Vaccination in Bombay 1902-1912 - 1902-1912
Year: 1902
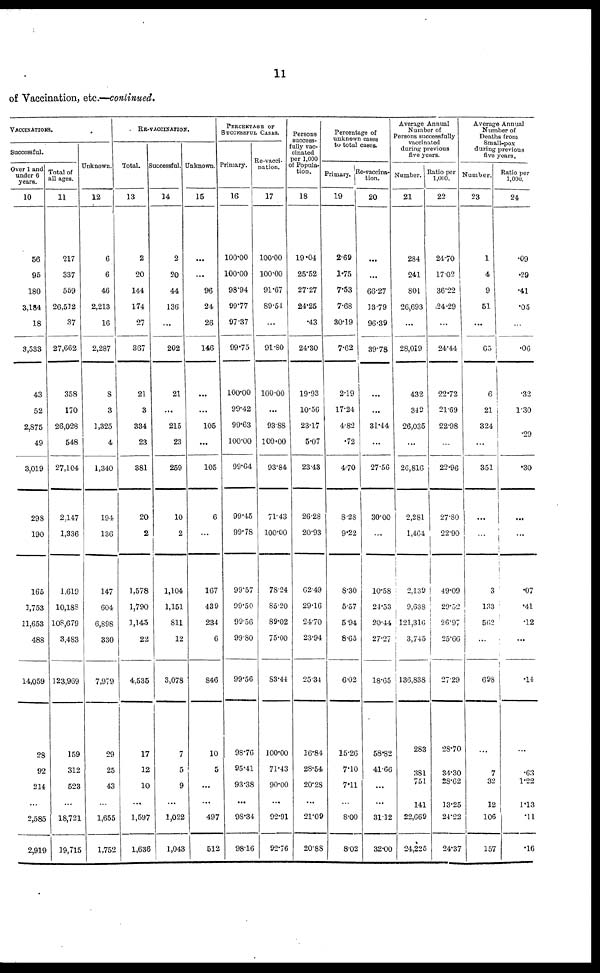
11
of Vaccination, etc.—continued.
VACCINATIONS.
Successful.
Over 1 and
under 6
years.
10
56
95
180
3,184
18
3,533
43
52
2,875
49
3,019
298
190
165
1,753
11,653
488
14,059
28
92
214
...
2,585
2,919
Total of
all ages.
11
217
337
559
26,512
37
27,662
358
170
26,028
548
27,104
2,147
1,336
1,619
10,188
108,679
3,483
123,969
159
312
523
...
18,721
19,715
Unknown.
12
6
6
46
2,213
16
2,287
8
3
1,325
4
1,340
194
136
147
604
6,898
330
7,979
29
25
43
...
1,655
1,752
RE-VACCINATION.
Total.
13
2
20
144
174
27
367
21
3
334
23
381
20
2
1,578
1,790
1,145
22
4,535
17
12
10
...
1,597
1,636
Successful.
14
2
20
44
136
...
202
21
...
215
23
259
10
2
1,104
1,151
811
12
3,078
7
5
9
...
1,022
1,043
Unknown.
15
...
...
96
24
26
146
...
...
105
...
105
6
...
167
439
234
6
846
10
5
...
...
497
512
PERCENTAGE OF
SUCCESSFUL CASES.
Primary.
16
100.00
100.00
98.94
99.77
97.37
99.75
100.00
99.42
99.63
100.00
99.64
99.45
99.78
99.57
99.50
99.56
99.80
99.56
98.76
95.41
93.38
...
98.34
98.16
Re-vacci-
nation.
17
100.00
100.00
91.67
89.54
...
91.80
100.00
...
93.88
100.00
93.84
71.43
100.00
78.24
85.20
89.02
75.00
83.44
100.00
71.43
90.00
...
92.91
92.76
Persons
success-
fully vac-
cinated
per 1,000
of Popula-
tion.
18
19.04
25.52
27.27
24.25
.43
24.30
19.93
10.56
23.17
5.07
23.43
26.28
20.93
62.49
29.16
24.70
23.94
25.34
16.84
28.54
20.28
...
21.09
20.88
Percentage of
unknown cases
to total cases.
Primary.
19
2.69
1.75
7.53
7.68
30.19
7.62
2.19
17.24
4.82
.72
4.70
8.28
9.22
8.30
5.57
5.94
8.65
6.02
15.26
7.10
7.11
...
8.00
8.02
Re-vaccina-
tion.
20
...
...
66.27
13.79
96.39
39.78
...
...
31.44
...
27.56
30.00
...
10.58
24.53
20.44
27.27
18.65
58.82
41.66
...
...
31.12
32.00
Average Annual
Number of
Persons successfully
vaccinated
during previous
five years.
Number.
21
284
241
801
26,693
...
28,019
432
349
26,035
...
26,816
2,281
1,464
2,139
9,638
121,316
3,745
136,838
283
381
751
141
22,669
24,225
Ratio per
1,000.
22
24.70
17.02
36.22
24.29
...
24.44
22.72
21.69
22.98
...
22.96
27.80
22.90
49.09
29.52
26.97
25.66
27.29
28.70
34.30
28.62
13.25
24.22
24.37
Average Annual
Number of
Deaths from
Small-pox
during previous
five years.
Number.
23
1
4
9
51
...
65
6
21
324
...
351
...
...
3
133
562
...
698
...
7
32
12
106
157
Ratio per
1,000.
24
.09
.29
.41
.05
...
.06
.32
1.30
.29
.30
...
...
.07
.41
.12
...
.14
...
.63
1.22
1.13
.11
.16